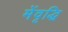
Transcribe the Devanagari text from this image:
मेंवृद्धि